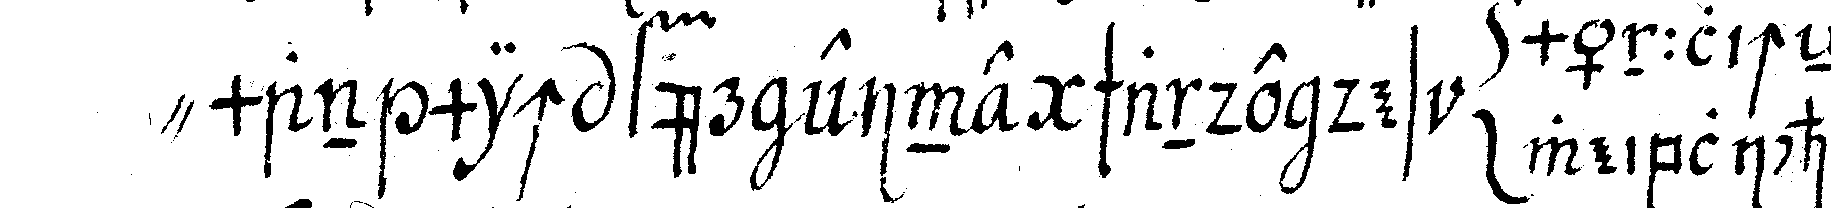
" man mich für eine schande des { männlicheN weiblicheN }